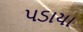
પડાયા